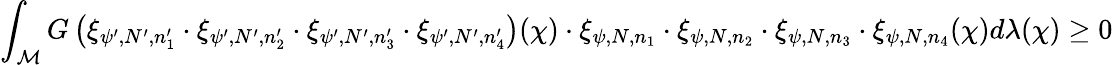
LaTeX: \int_{\mathcal{M}}G\left(\xi_{\psi^{\prime},N^{\prime},n_{1}^{\prime}}\cdot\xi_{\psi^{\prime},N^{\prime},n_{2}^{\prime}}\cdot\xi_{\psi^{\prime},N^{\prime},n_{3}^{\prime}}\cdot\xi_{\psi^{\prime},N^{\prime},n_{4}^{\prime}}\right)(\chi)\cdot\xi_{\psi,N,n_{1}}\cdot\xi_{\psi,N,n_{2}}\cdot\xi_{\psi,N,n_{3}}\cdot\xi_{\psi,N,n_{4}}(\chi)d\lambda(\chi)\geq 0